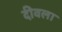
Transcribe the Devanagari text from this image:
दीवला